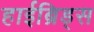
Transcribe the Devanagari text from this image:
हाईब्रिड्स